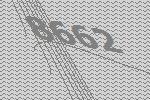
8662